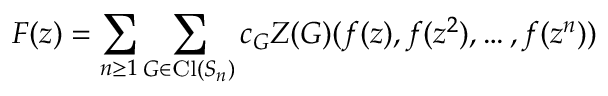
F ( z ) = \sum _ { n \geq 1 } \sum _ { G \in \operatorname { C l } ( S _ { n } ) } c _ { G } Z ( G ) ( f ( z ) , f ( z ^ { 2 } ) , \ldots , f ( z ^ { n } ) )